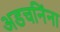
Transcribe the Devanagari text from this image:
अडचनिंना